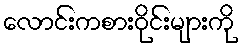
လောင်းကစားဝိုင်းများကို